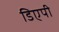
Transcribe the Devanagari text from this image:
डिएपी